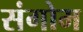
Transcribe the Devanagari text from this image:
संगोम